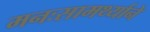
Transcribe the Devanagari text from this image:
मनःसामर्थ्याने